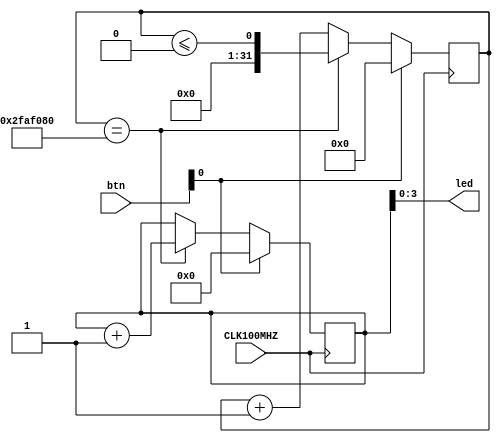
module top (
    input wire CLK100MHZ,
    input wire [3:0]btn,
    output wire [3:0] led
);

reg [4:0] counter_leds;
reg [31:0] counter;

initial begin
    counter = 32'h00000000;
    counter_leds = 4'h00;
end

always @(posedge CLK100MHZ ) begin
    if( btn[0] == 1'b1 )begin
        counter <= 32'h00000000;
        counter_leds <= 4'h00;
    end else begin
        if(counter == 32'd50000000) begin
            counter_leds <= counter_leds + 1'b1;
            counter <= counter <= 32'h00000000;
        end else begin
            counter <= counter + 1'b1;
        end
    end
end

assign led = counter_leds;
    
endmodule